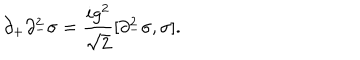
LaTeX: \partial _ { + } \partial _ { - } ^ { 2 } \sigma = { \frac { i g ^ { 2 } } { \sqrt { 2 } } } [ \partial _ { - } ^ { 2 } \sigma , \sigma ] .